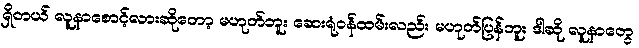
ရှိတယ် လူနာစောင့်လားဆိုတော့ မဟုတ်ဘူး ဆေးရုံဝန်ထမ်းလည်း မဟုတ်ပြန်ဘူး ဒါဆို လူနာတွေ